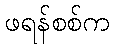
ဖရန်စစ်က